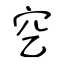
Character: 穵